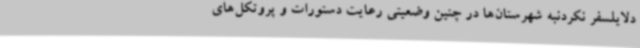
دلایلسفر نکردنبه شهرستان‌ها در چنین وضعیتی رعایت دستورات و پروتکل‌های